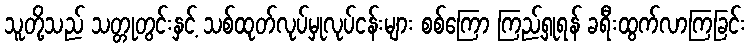
သူတို့သည် သတ္တုတွင်းနှင့် သစ်ထုတ်လုပ်မှုလုပ်ငန်းများ စစ်ကြော ကြည့်ရှုရန် ခရီးထွက်လာကြခြင်း